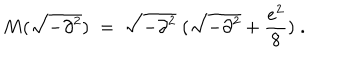
M ( \sqrt { - \partial ^ { 2 } } ) \; = \; \sqrt { - \partial ^ { 2 } } \; ( \sqrt { - \partial ^ { 2 } } + \frac { e ^ { 2 } } { 8 } ) \; .